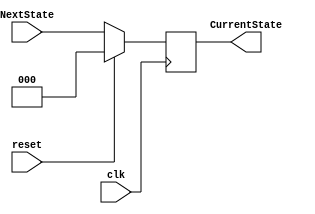
module ControlUnitCurrentState(
	input [2:0] NextState, 
	output reg [2:0] CurrentState, 
	input clk, 
	input reset);

	always@(posedge clk)
	begin
		if(reset == 1)
			CurrentState = 3'd0;
		else
			CurrentState = NextState;
	end

endmodule